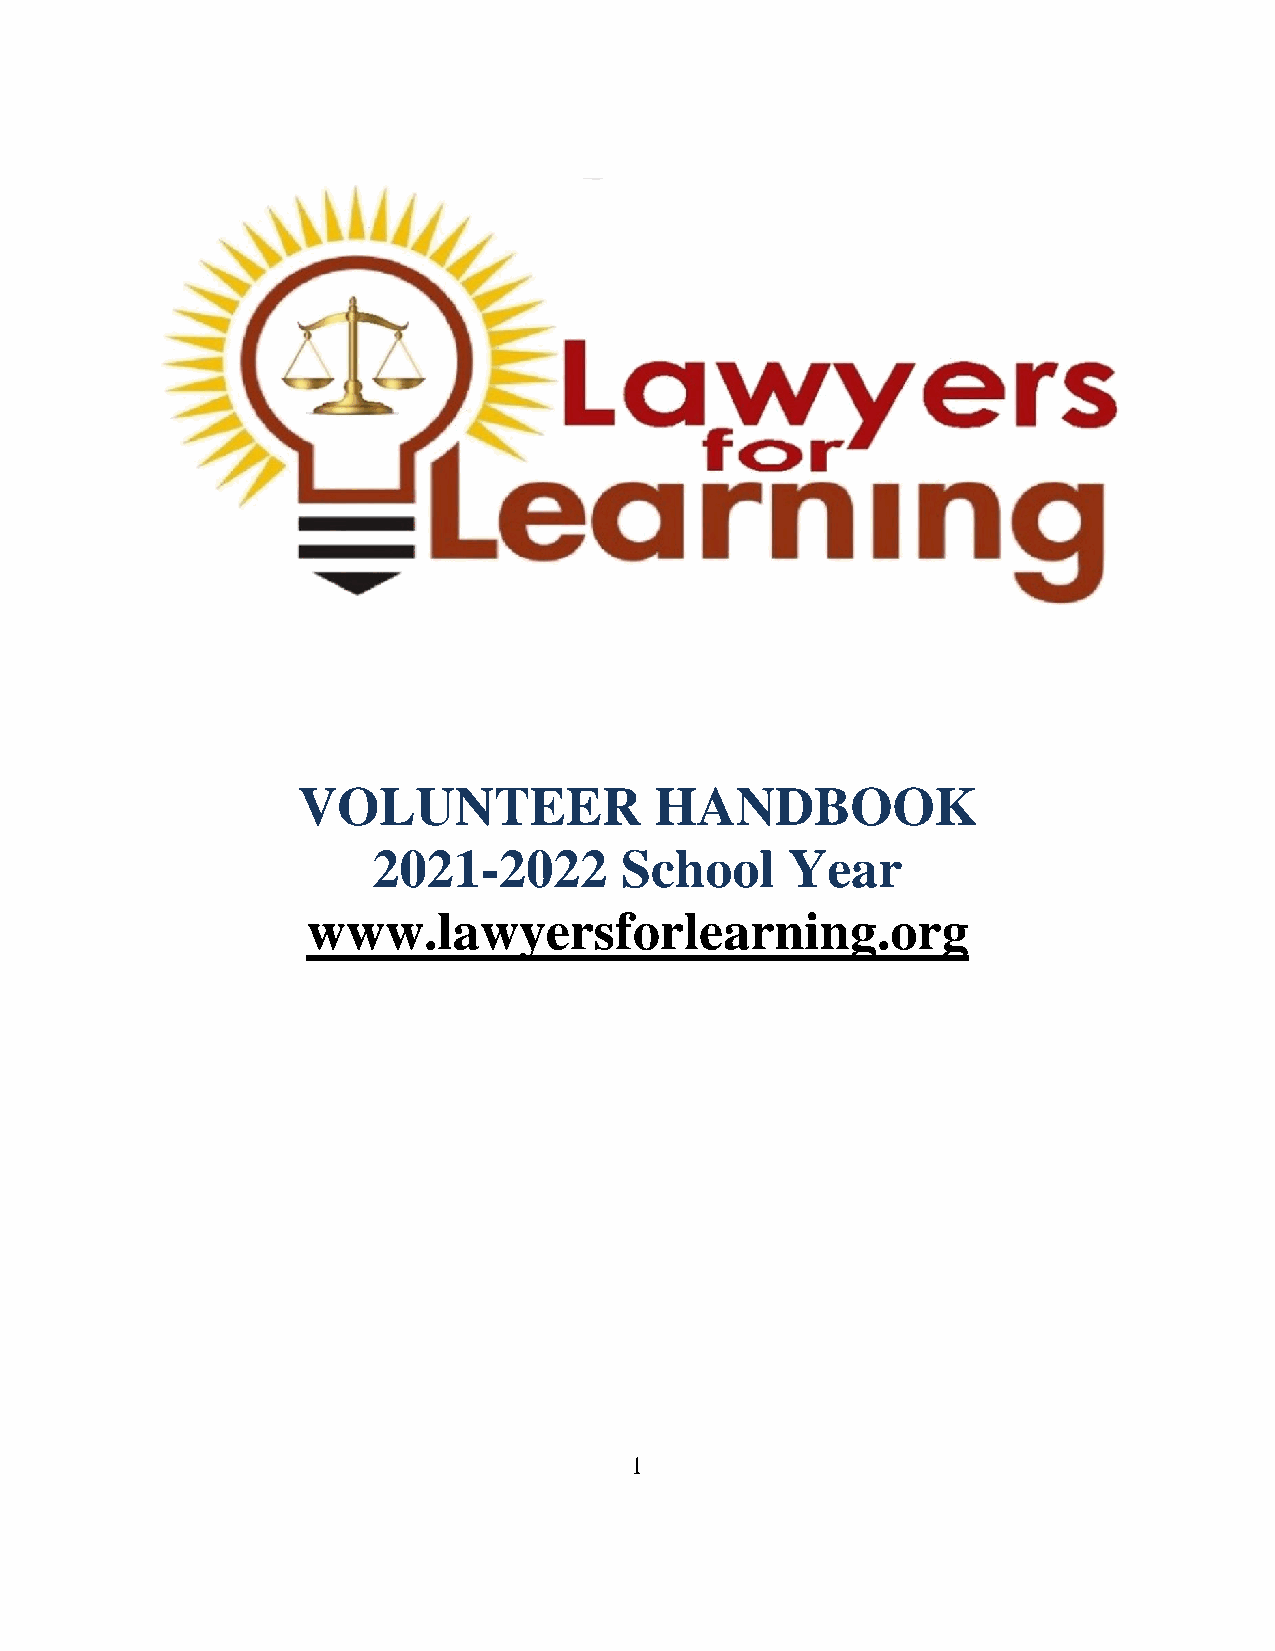
VOLUNTEER              HANDBOOK
 2021-2022       School     Year
 www.lawyersforlearning.org
 1